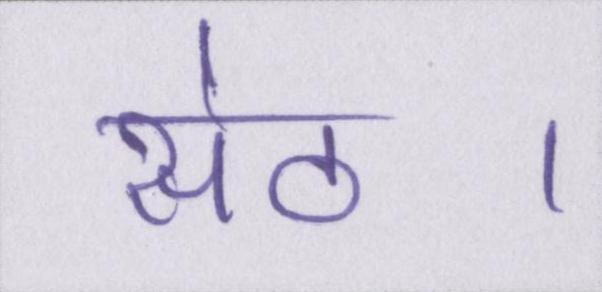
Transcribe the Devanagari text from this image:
सेठ।